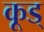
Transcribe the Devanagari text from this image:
कूड्